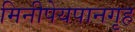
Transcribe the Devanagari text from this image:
मिनीपेयपानगृह